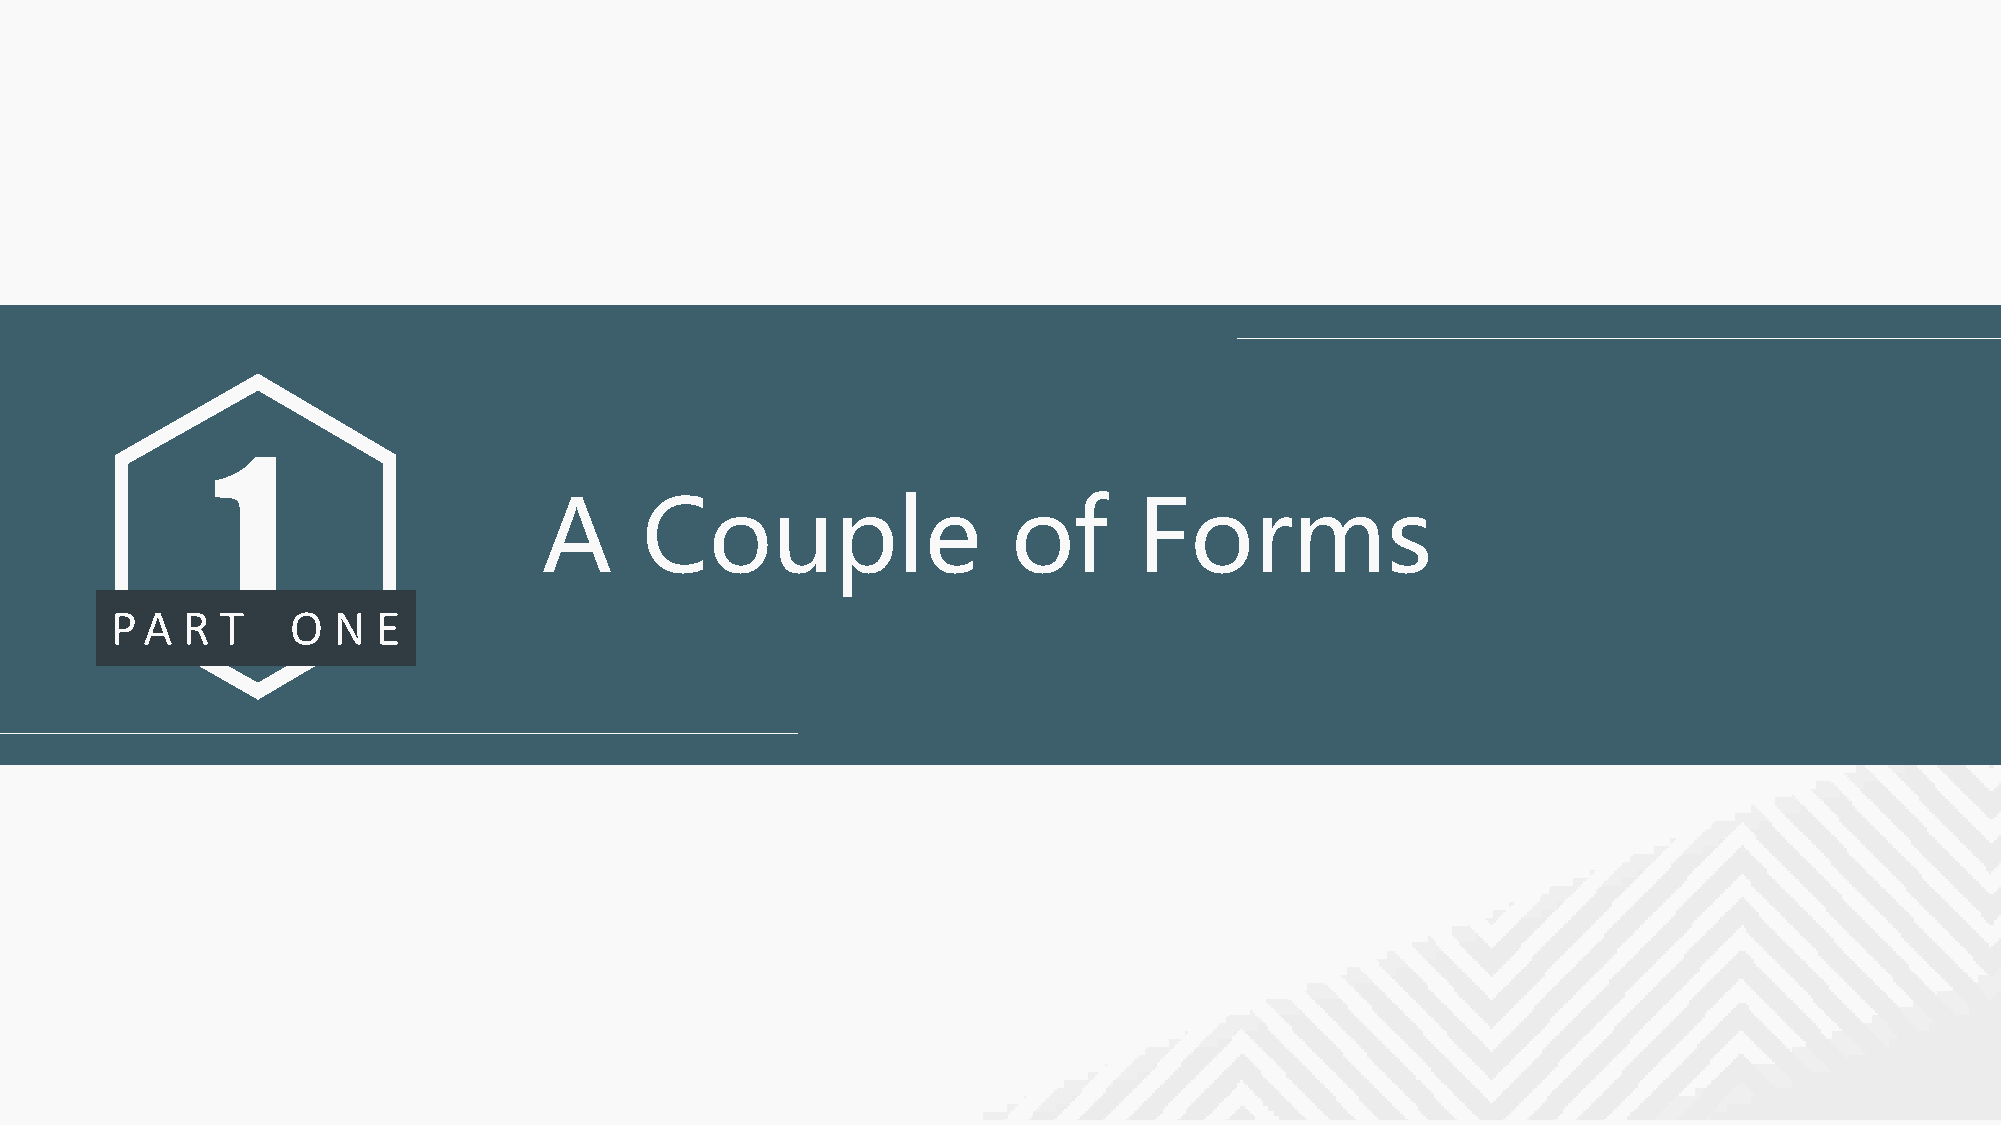
1
 A     Couple                   of      Forms
 P A  R  T   O  N  E